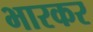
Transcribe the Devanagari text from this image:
भारकर